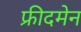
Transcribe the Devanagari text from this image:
फ्रीदमेन